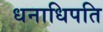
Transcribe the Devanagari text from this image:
धनाधिपति